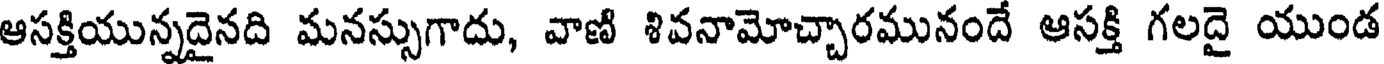
ఆసక్తియున్నదైనది మనస్సుగాదు, వాణి శివనామోచ్చారమునందే ఆసక్తి గలదై యుండ